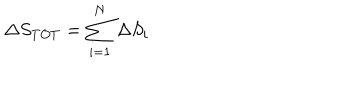
{ \Delta } S _ { T O T } = \sum _ { i = 1 } ^ { N } { \Delta } S _ { i }